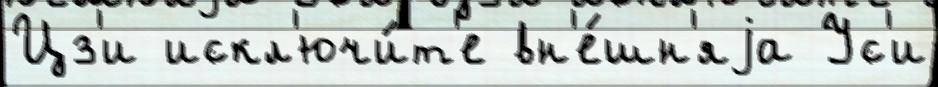
Цз'и искл'ючи́т'е вн'е́шн'яjа Ус'и